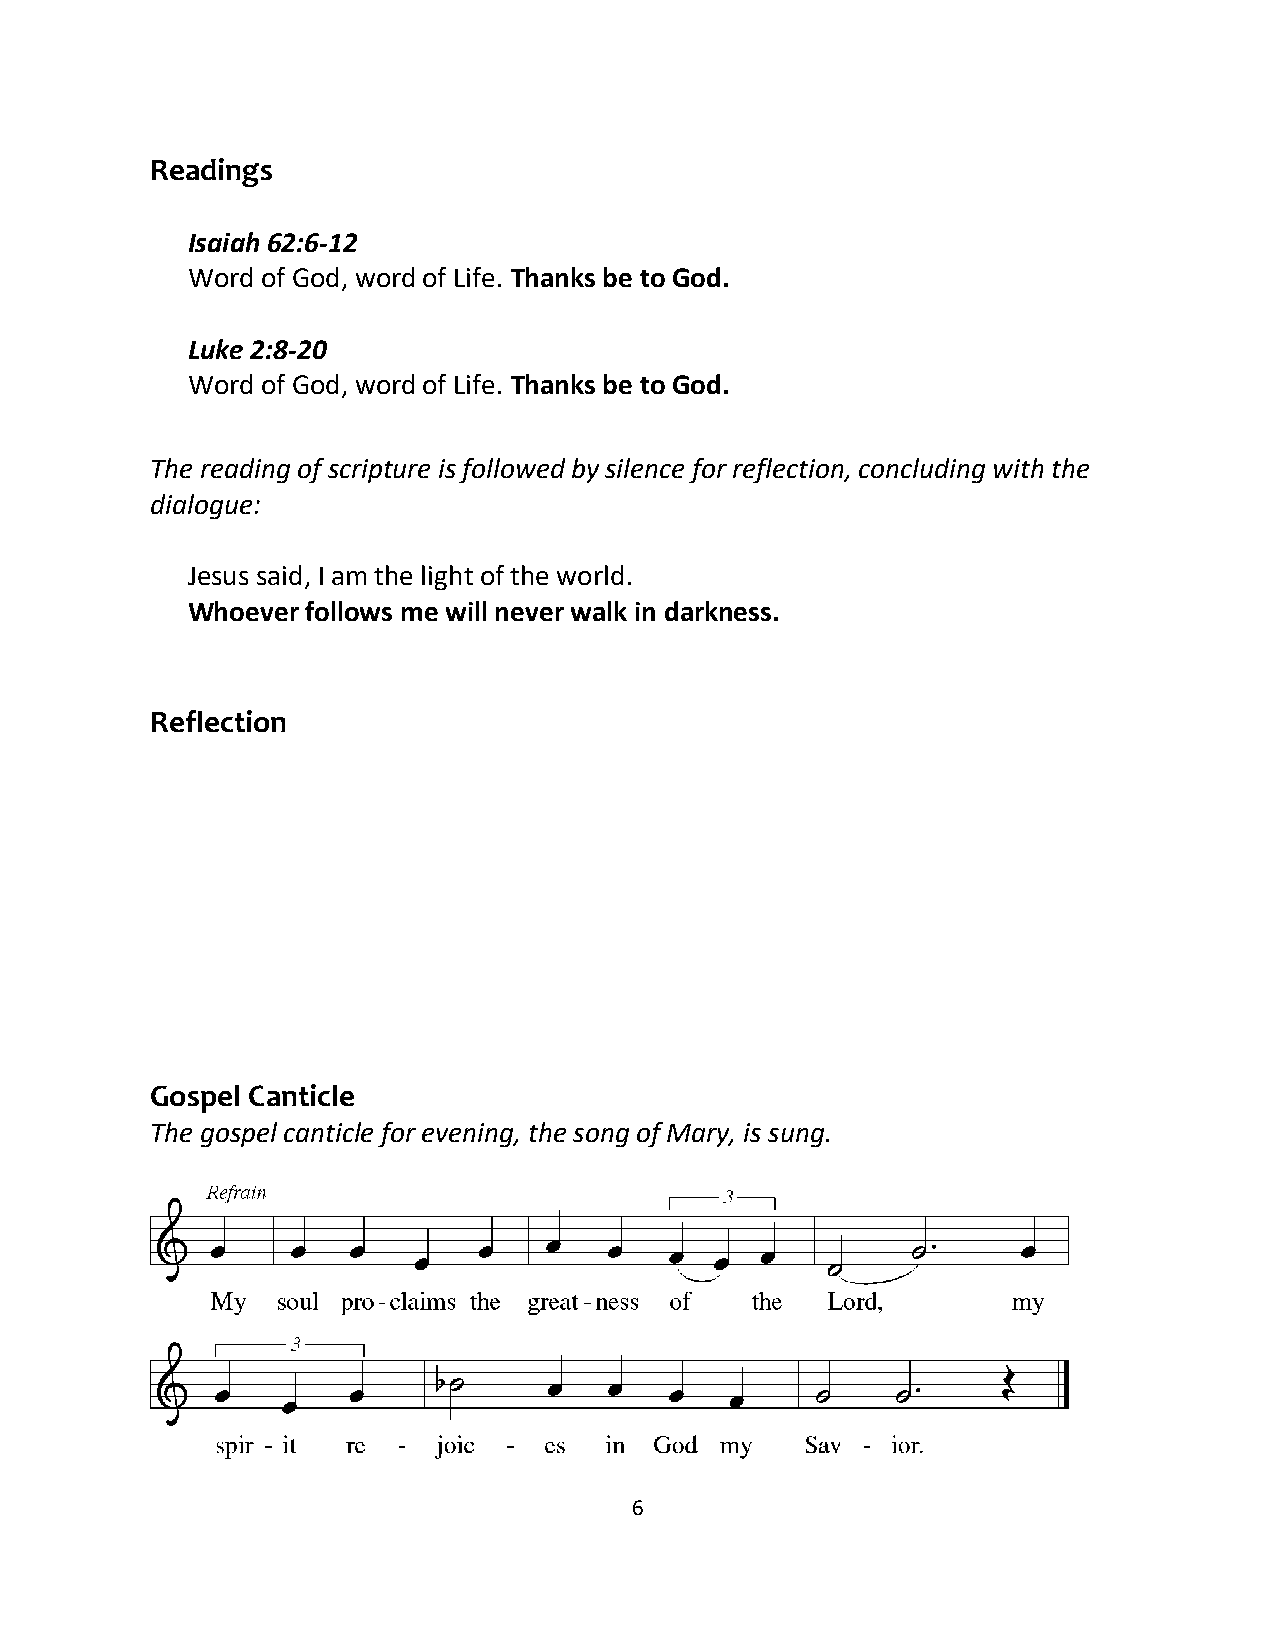
Readings
 Isaiah 62:6-12
 Word of God, word of Life. Thanks be to God.
 Luke 2:8-20
 Word of God, word of Life. Thanks be to God.
 The reading of scripture is followed by silence for reflection, concluding with the
 dialogue:
 Jesus said, I am the light of the world.
 Whoever follows me will never walk in darkness.
 Reflection
 Gospel Canticle
 The gospel canticle for evening, the song of Mary, is sung.
 6